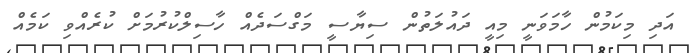
އަދި މިކަމުން ހާމަވަނީ މިއީ ދައުލަތުން ސިޔާސީ މަގްސަދެއް ހާސިލްކުރުމަށް ކުރެއްވި ކަމެއް